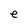
Character: e